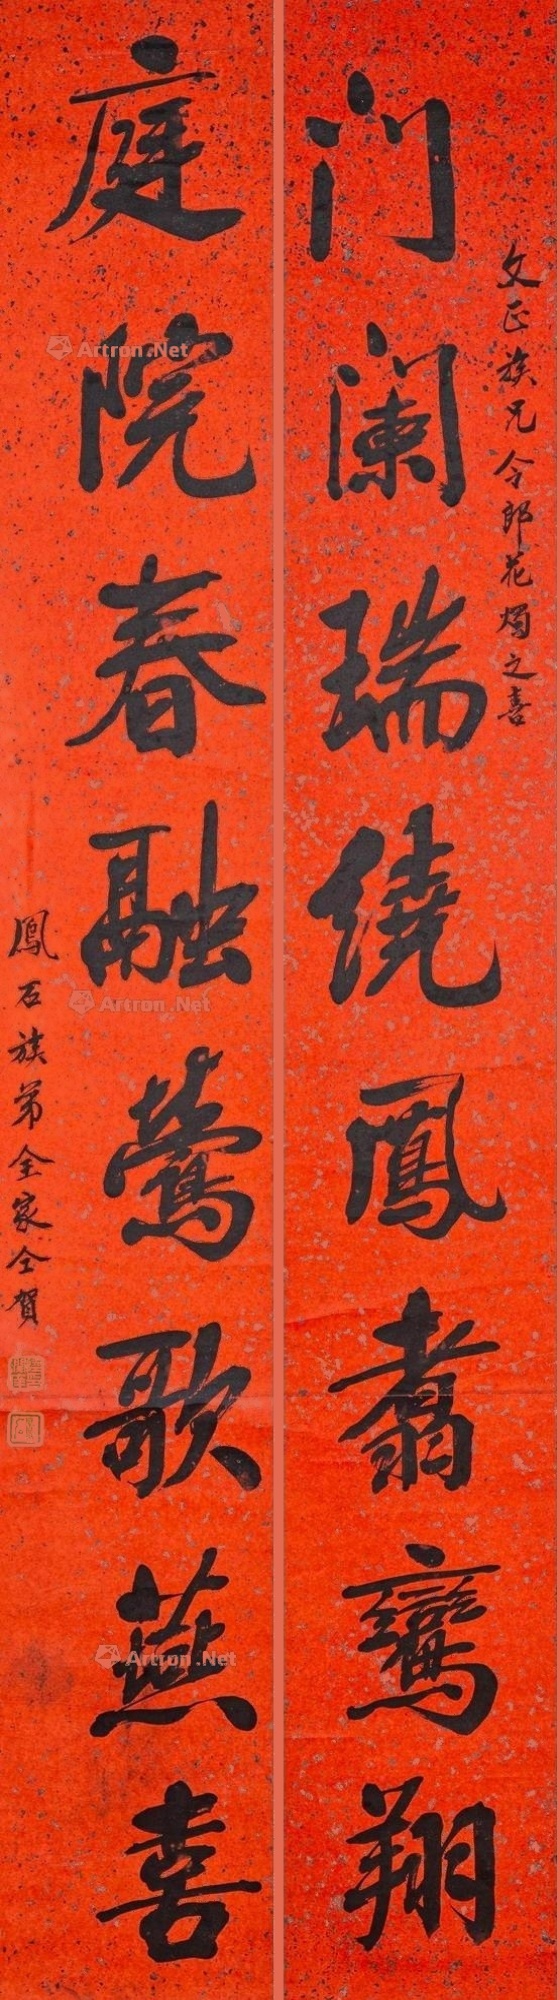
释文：门阑瑞绕凤翥鸾翔，庭院春融莺歌燕喜。文正族兄令郎花烛之喜，凤石族弟全家仝贺。